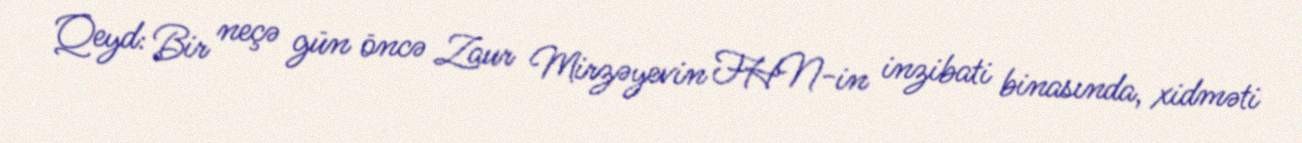
Qeyd: Bir neçə gün öncə Zaur Mirzəyevin FHN-in inzibati binasında, xidməti